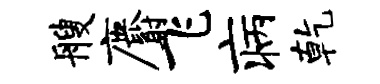
艘麝飞病乾